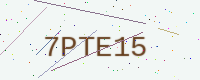
Text: 7PTE15